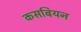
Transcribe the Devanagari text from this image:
कसबियन